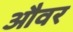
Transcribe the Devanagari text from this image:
औवर